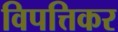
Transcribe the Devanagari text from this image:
विपत्तिकर